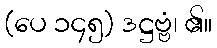
(ပေ ၁၄၅) ဒဋ္ဌဗ္ဗံ၊ ၏။